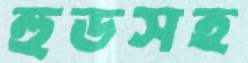
হুডসহ